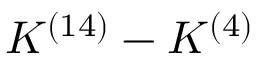
K ^ { ( 1 4 ) } - K ^ { ( 4 ) }